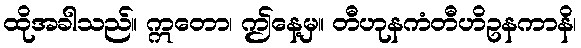
ထိုအခါသည်။ ဣတော၊ ဤနေ့မှ။ တီဟုနကံတီဟိဥနကာနိ၊